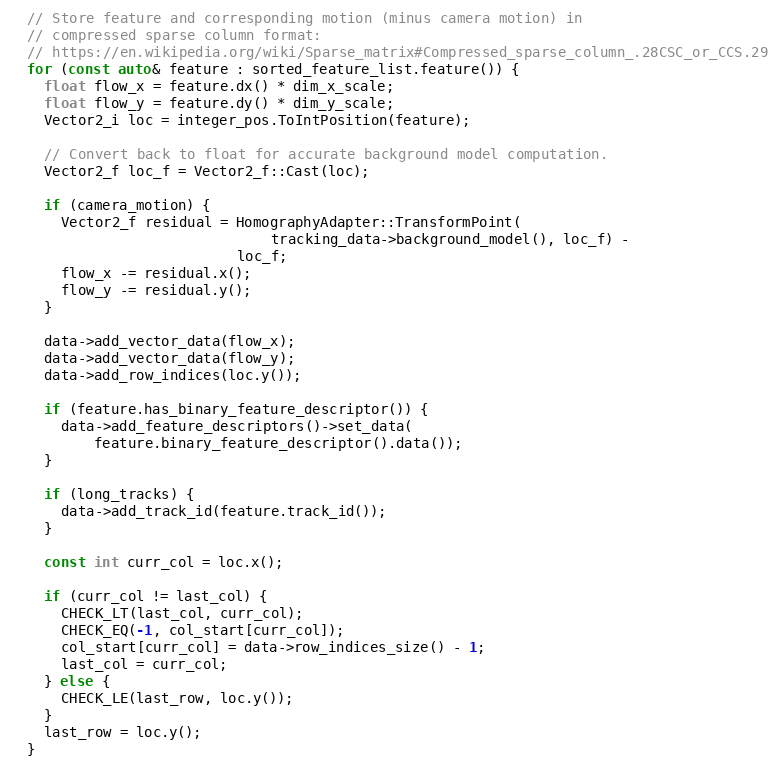
Language: C++
  // Store feature and corresponding motion (minus camera motion) in
  // compressed sparse column format:
  // https://en.wikipedia.org/wiki/Sparse_matrix#Compressed_sparse_column_.28CSC_or_CCS.29
  for (const auto& feature : sorted_feature_list.feature()) {
    float flow_x = feature.dx() * dim_x_scale;
    float flow_y = feature.dy() * dim_y_scale;
    Vector2_i loc = integer_pos.ToIntPosition(feature);

    // Convert back to float for accurate background model computation.
    Vector2_f loc_f = Vector2_f::Cast(loc);

    if (camera_motion) {
      Vector2_f residual = HomographyAdapter::TransformPoint(
                               tracking_data->background_model(), loc_f) -
                           loc_f;
      flow_x -= residual.x();
      flow_y -= residual.y();
    }

    data->add_vector_data(flow_x);
    data->add_vector_data(flow_y);
    data->add_row_indices(loc.y());

    if (feature.has_binary_feature_descriptor()) {
      data->add_feature_descriptors()->set_data(
          feature.binary_feature_descriptor().data());
    }

    if (long_tracks) {
      data->add_track_id(feature.track_id());
    }

    const int curr_col = loc.x();

    if (curr_col != last_col) {
      CHECK_LT(last_col, curr_col);
      CHECK_EQ(-1, col_start[curr_col]);
      col_start[curr_col] = data->row_indices_size() - 1;
      last_col = curr_col;
    } else {
      CHECK_LE(last_row, loc.y());
    }
    last_row = loc.y();
  }